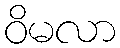
ဝိမလာ